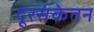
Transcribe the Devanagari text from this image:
दूरसंकेतन